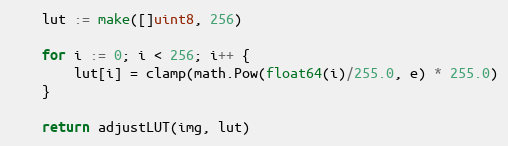
Language: Go
	lut := make([]uint8, 256)

	for i := 0; i < 256; i++ {
		lut[i] = clamp(math.Pow(float64(i)/255.0, e) * 255.0)
	}

	return adjustLUT(img, lut)